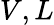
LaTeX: V,L